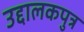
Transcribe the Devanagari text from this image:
उद्दालकपुत्र